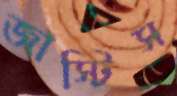
জাস্টিস